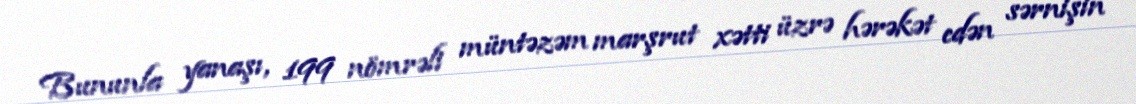
Bununla yanaşı, 199 nömrəli müntəzəm marşrut xətti üzrə hərəkət edən sərnişin